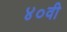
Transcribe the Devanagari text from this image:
४०वी